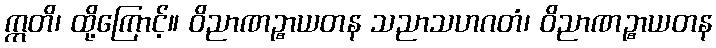
ဣတိ၊ ထို့ကြောင့်။ ဝိညာဏဉ္စာယတန သညာသဟဂတံ၊ ဝိညာဏဉ္စာယတန